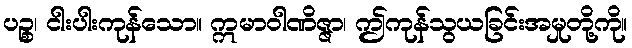
ပဉ္စ၊ ငါးပါးကုန်သော။ ဣမာဝါဏိဇ္ဇာ၊ ဤကုန်သွယခြင်းအမှုတို့ကို။